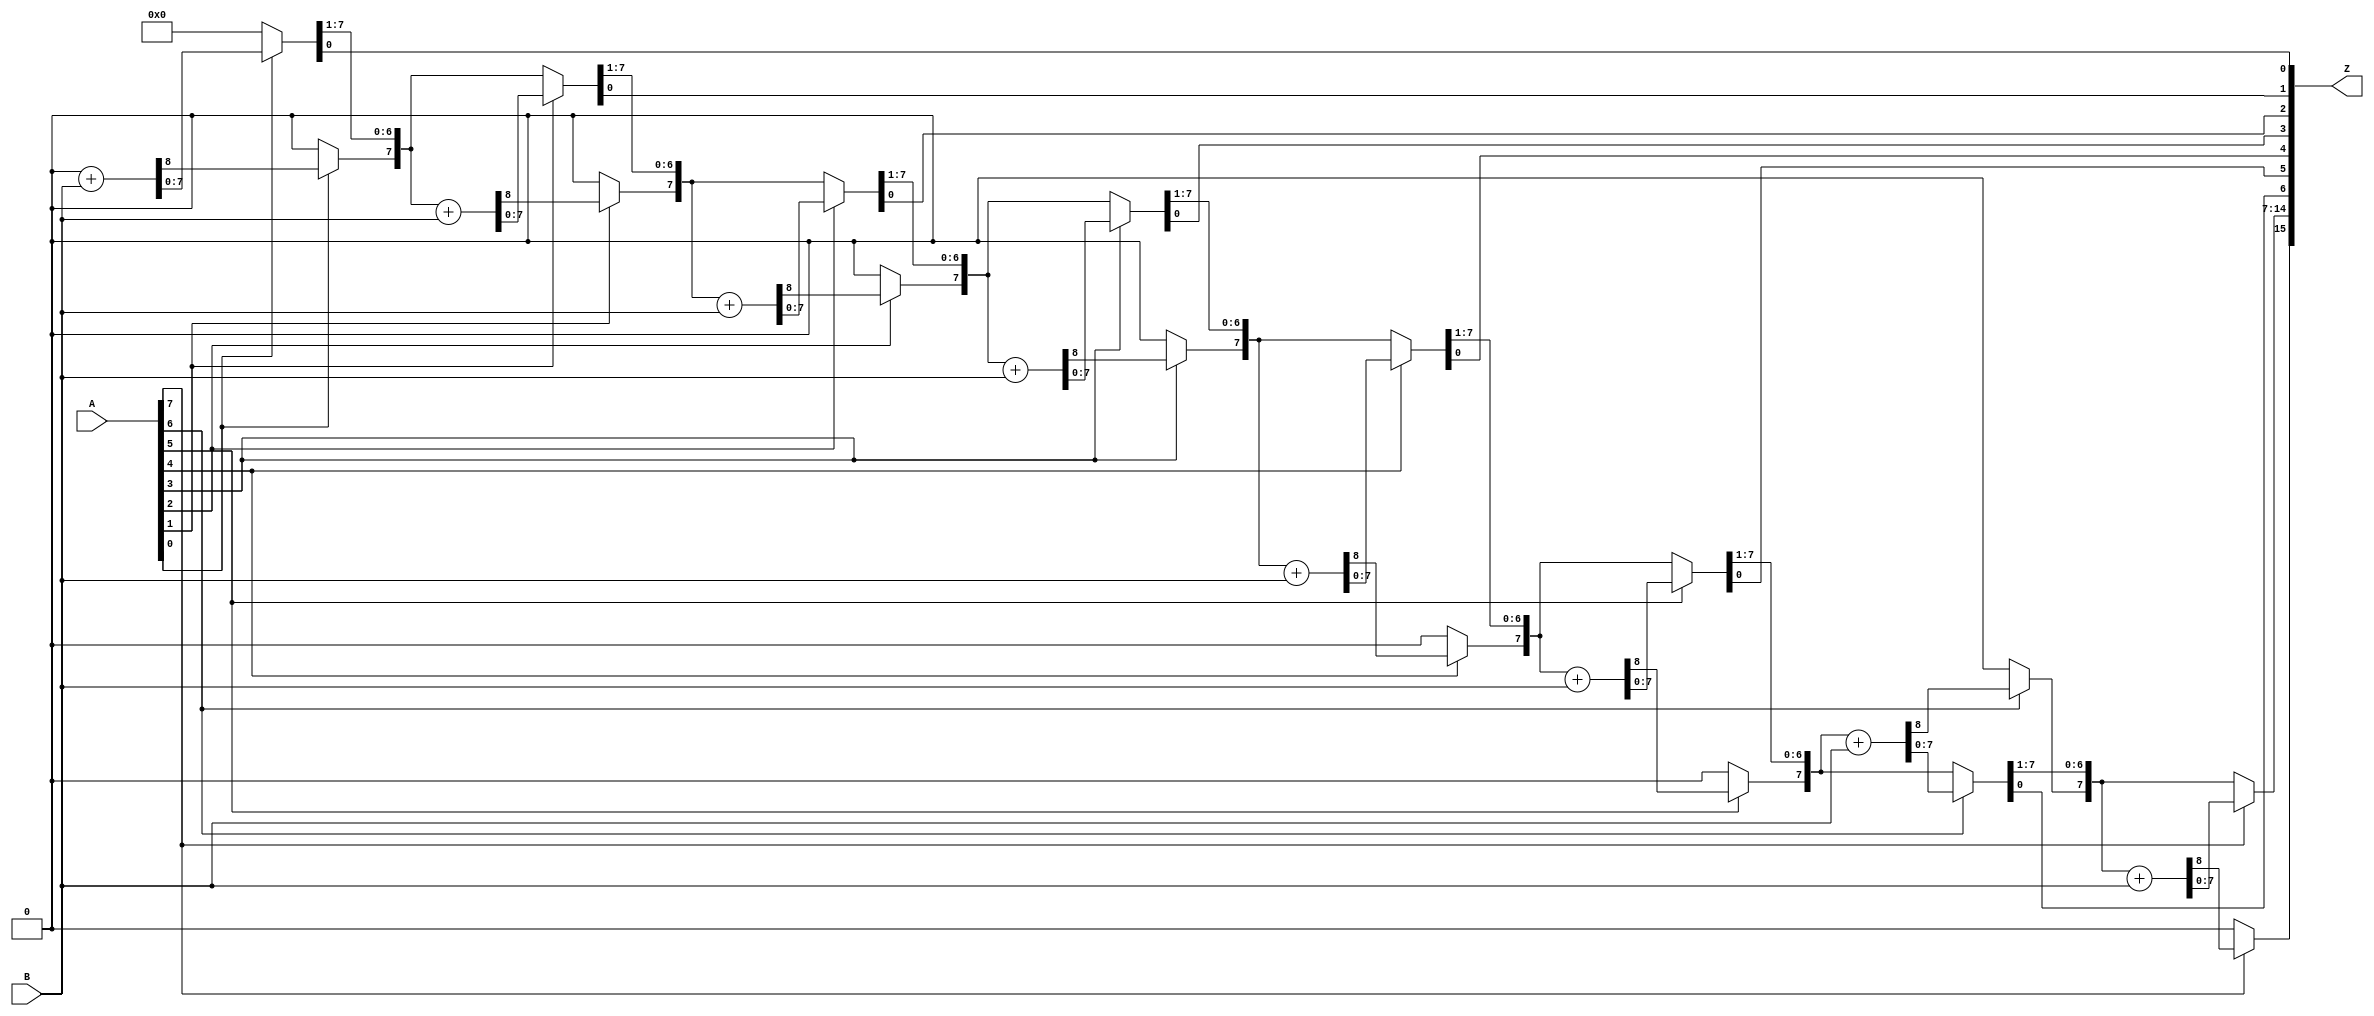
`timescale 1ns/1ps

module sequential_multiplier(input [7:0] A, input [7:0] B, output reg [15:0] Z);

reg c;
integer i;
reg [7:0] a, b;

always @(A , B)
begin
  Z = 16'b0000000000000000;
  c = 1'b0;
  a = A;
  b = 8'b00000000;
  for(i = 0; i < 8; i = i + 1)
  begin
    if(a[0])
    {c,b} = b + B;
    {c,b,a}={1'b0,c,b,a[7:1]};
  end
  Z = {b,a};
end

endmodule